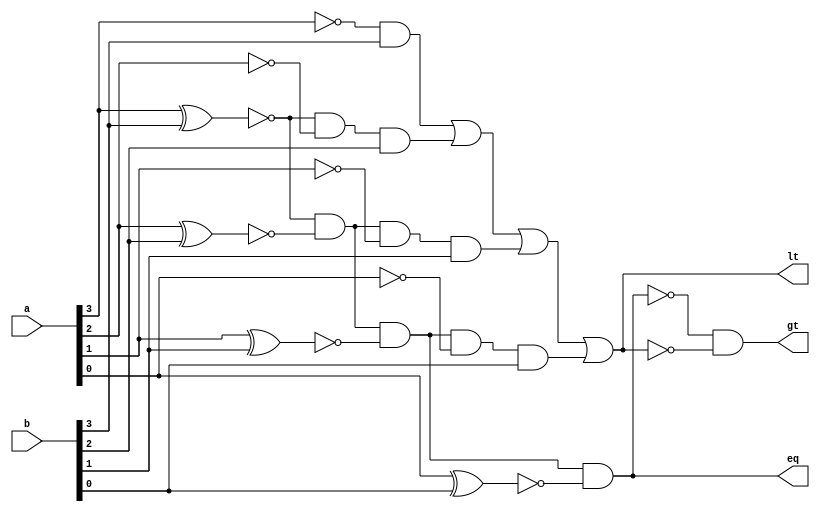
module fourbit_comp(input [3:0] a,
                    input [3:0] b,
                    output eq,
                    output lt,
                    output gt);

    wire [3:0] na;
    wire [3:0] x;

    not(na[3], a[3]);
    not(na[2], a[2]);
    not(na[1], a[1]);
    not(na[0], a[0]);

    xnor(x[3], a[3], b[3]);
    xnor(x[2], a[2], b[2]);
    xnor(x[1], a[1], b[1]);
    xnor(x[0], a[0], b[0]);

    and(eq, x[3], x[2], x[1], x[0]);

    wire [3:0] lti;

    and(lti[3], na[3], b[3]);
    and(lti[2], x[3], na[2], b[2]);
    and(lti[1], x[3], x[2], na[1], b[1]);
    and(lti[0], x[3], x[2], x[1], na[0], b[0]);

    or(lt, lti[3], lti[2], lti[1], lti[0]);

    wire neq, nlt;
    not(neq, eq);
    not(nlt, lt);
    and(gt, neq, nlt);
endmodule

module test_fourbit_comp;
    reg [3:0] a, b;

    wire eq, gt, lt;

    fourbit_comp uut(
        .a(a),
        .b(b),
        .eq(eq),
        .lt(lt),
        .gt(gt));

    initial begin
        $monitor("%d a=%d (%4b), b=%d (%4b) -> eq=%b, lt=%b, gt=%b",
                 $time, a, a, b, b, eq, lt, gt);

        #10 a = 4'b0000;
            b = 4'b0000;

        #10 a = 4'b0001;
            b = 4'b0000;

        #10 a = 4'b0000;
            b = 4'b0001;

        #10 a = 4'b1110;
            b = 4'b1111;

        #10 $finish;
    end
endmodule